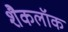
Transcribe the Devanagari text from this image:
शैकलॉक